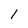
Character: 1